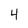
Character: 4